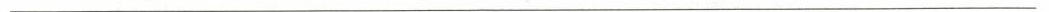
___